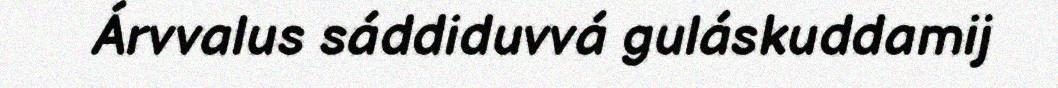
Árvvalus sáddiduvvá guláskuddamij